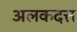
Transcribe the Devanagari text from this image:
अलकदत्त